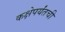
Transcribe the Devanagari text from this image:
कक्षेपर्यंतची